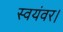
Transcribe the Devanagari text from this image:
स्वयंवर।